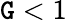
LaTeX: \mathtt{G}<1